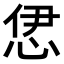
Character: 𢙠